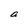
Character: a